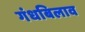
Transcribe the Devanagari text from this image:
गंधबिलाव